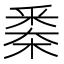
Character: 𣗷